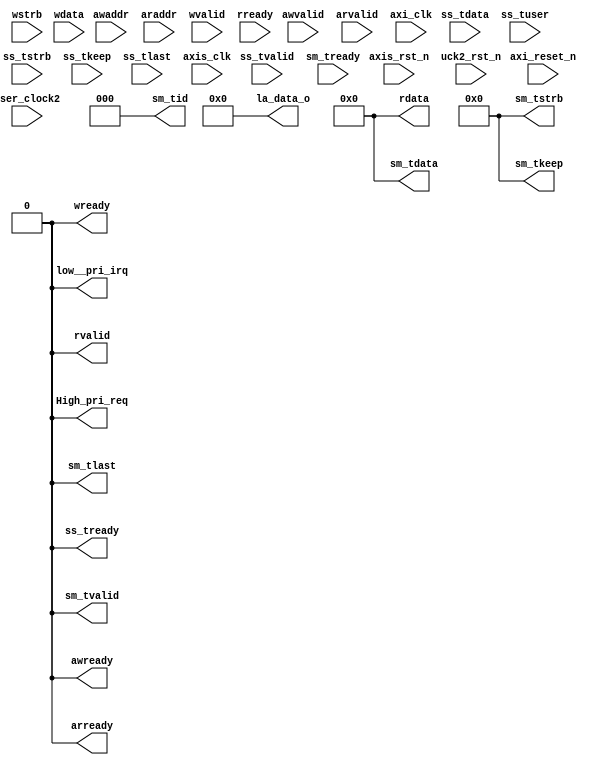
// This code snippet was auto generated by xls2vlog.py from source file: ./user_project_wrapper.xlsx
// User: josh
// Date: Sep-22-23



module USER_PRJ3 #( parameter pUSER_PROJECT_SIDEBAND_WIDTH   = 5,
					parameter pADDR_WIDTH   = 12,
                   parameter pDATA_WIDTH   = 32
                 )
(
  output wire                        awready,
  output wire                        arready,
  output wire                        wready,
  output wire                        rvalid,
  output wire  [(pDATA_WIDTH-1) : 0] rdata,
  input  wire                        awvalid,
  input  wire                [11: 0] awaddr,
  input  wire                        arvalid,
  input  wire                [11: 0] araddr,
  input  wire                        wvalid,
  input  wire                 [3: 0] wstrb,
  input  wire  [(pDATA_WIDTH-1) : 0] wdata,
  input  wire                        rready,
  input  wire                        ss_tvalid,
  input  wire  [(pDATA_WIDTH-1) : 0] ss_tdata,
  input  wire                 [1: 0] ss_tuser,
    `ifdef USER_PROJECT_SIDEBAND_SUPPORT
	input  wire                 [pUSER_PROJECT_SIDEBAND_WIDTH-1: 0] ss_tupsb,
  `endif
  input  wire                 [3: 0] ss_tstrb,
  input  wire                 [3: 0] ss_tkeep,
  input  wire                        ss_tlast,
  input  wire                        sm_tready,
  output wire                        ss_tready,
  output wire                        sm_tvalid,
  output wire  [(pDATA_WIDTH-1) : 0] sm_tdata,
  output wire                 [2: 0] sm_tid,
  `ifdef USER_PROJECT_SIDEBAND_SUPPORT
	output  wire                 [pUSER_PROJECT_SIDEBAND_WIDTH-1: 0] sm_tupsb,
  `endif
  output wire                 [3: 0] sm_tstrb,
  output wire                 [3: 0] sm_tkeep,
  output wire                        sm_tlast,
  output wire                        low__pri_irq,
  output wire                        High_pri_req,
  output wire                [23: 0] la_data_o,
  input  wire                        axi_clk,
  input  wire                        axis_clk,
  input  wire                        axi_reset_n,
  input  wire                        axis_rst_n,
  input  wire                        user_clock2,
  input  wire                        uck2_rst_n
);


assign awready       = 1'b0;
assign arready       = 1'b0;
assign wready        = 1'b0;
assign rvalid        = 1'b0;
assign rdata         = {pDATA_WIDTH{1'b0}};
assign ss_tready     = 1'b0;
assign sm_tvalid     = 1'b0;
assign sm_tdata      = {pDATA_WIDTH{1'b0}};
assign sm_tid        = 3'b0;
`ifdef USER_PROJECT_SIDEBAND_SUPPORT
	assign sm_tupsb      = 5'b0;
`endif
assign sm_tstrb      = 4'b0;
assign sm_tkeep      = 1'b0;
assign sm_tlast      = 1'b0;
assign low__pri_irq  = 1'b0;
assign High_pri_req  = 1'b0;
assign la_data_o     = 24'b0;


endmodule // USER_PRJ3